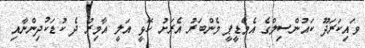
ވައިކަރަދޫ ކައުންސިލްގެ އެމްޑީޕީ މެންބަރު އެރަށު ހޭޅީ އަލީ އާމިރު ދެ ކުޑަކުދިންނާއި